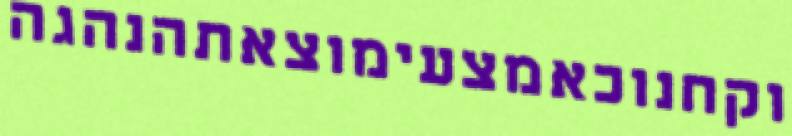
וקחנוכאמצעימוצאתהנהגה